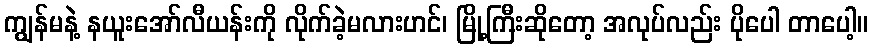
ကျွန်မနဲ့ နယူးအော်လီယန်းကို လိုက်ခဲ့မလားဟင်၊ မြို့ကြီးဆိုတော့ အလုပ်လည်း ပိုပေါ တာပေါ့။